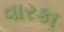
વારકા